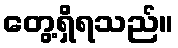
တွေ့ရှိရသည်။